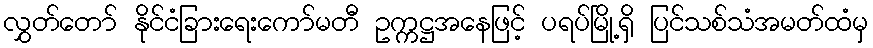
လွှတ်တော် နိုင်ငံခြားရေးကော်မတီ ဥက္ကဋ္ဌအနေဖြင့် ပရပ်မြို့ရှိ ပြင်သစ်သံအမတ်ထံမှ